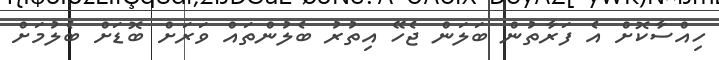
ހިއްސާކޮށް އެ ފަރާތުން ބަލަން ޖެހޭ އިތުރު ބެލުންތައް ވަރަށް ބޮޑަށް ބެލުމަށް